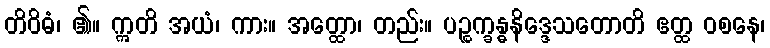
တိဝိဓံ၊ ၏။ ဣတိ အယံ၊ ကား။ အတ္ထော၊ တည်း။ ပဉ္စက္ခန္ဓနိဒ္ဒေသတောတိ ဧတ္ထ ဝစနေ၊